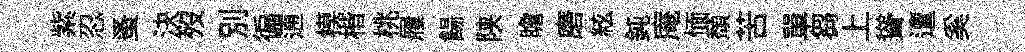
紫忍蚤決歿別徧逋模楷桃屨餳陕瞻磨絃鈍庵愐頹苦單芻上聳邅奚